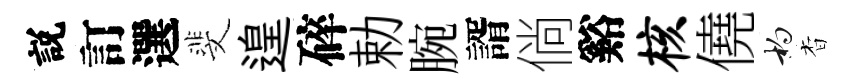
説訂選斐遑碎勅腕諝倘谿核僥杓杳